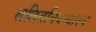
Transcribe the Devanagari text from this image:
ललितनिबन्धाश्च